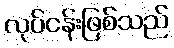
လုပ်ငန်းဖြစ်သည်